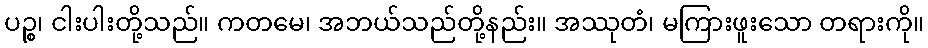
ပဉ္စ၊ ငါးပါးတို့သည်။ ကတမေ၊ အဘယ်သည်တို့နည်း။ အဿုတံ၊ မကြားဖူးသော တရားကို။